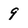
Character: 9